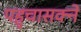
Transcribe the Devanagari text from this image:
पहुचासक्ने